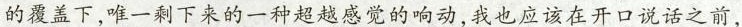
的覆盖下，唯一剩下来的一种超越感觉的响动，我也应该在开口说话之前.